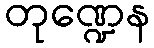
တုဏ္ဍေန